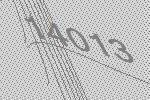
14013